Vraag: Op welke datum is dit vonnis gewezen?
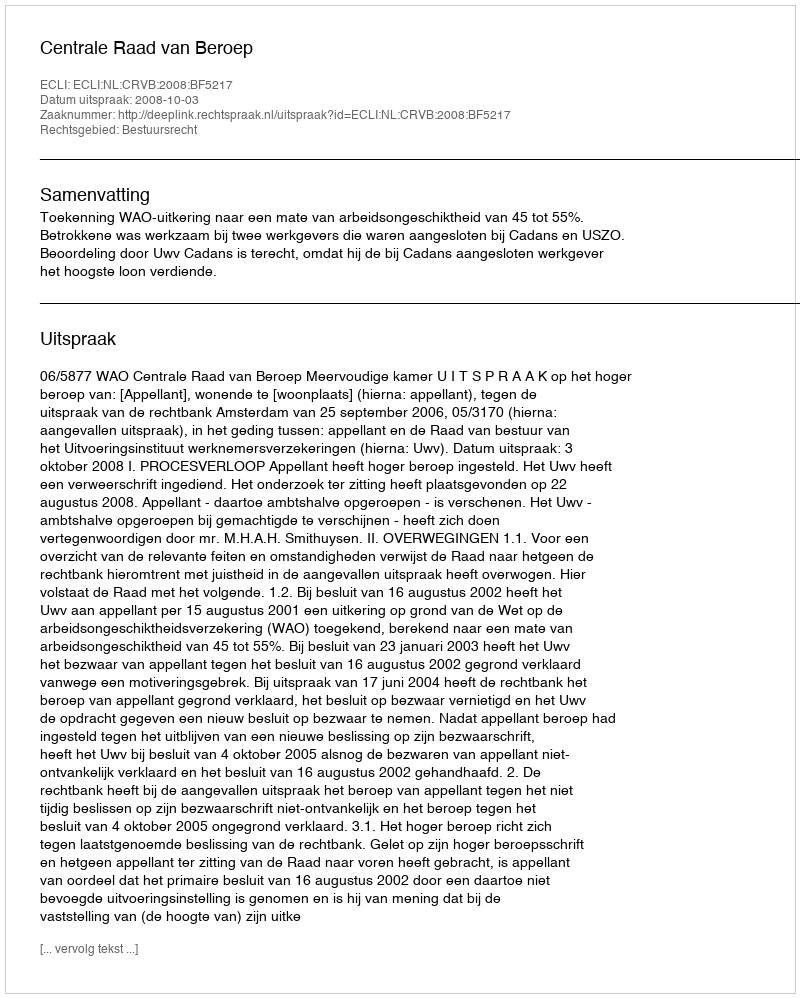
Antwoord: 2008-10-03